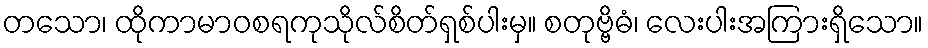
တသော၊ ထိုကာမာဝစရကုသိုလ်စိတ်ရှစ်ပါးမှ။ စတုဗ္ဗိဓံ၊ လေးပါးအကြားရှိသော။